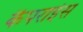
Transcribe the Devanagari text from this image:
कैपराईस